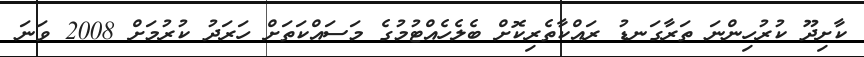
ކާށިދޫ ކުރުހިންނަ ތަރާގަނޑު ރައްކާތެރިކޮށް ބެލެހެއްޓުމުގެ މަސައްކަތަށް ހަރަދު ކުރުމަށް 2008 ވަނަ